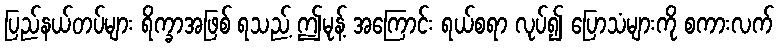
ပြည်နယ်တပ်များ ရိက္ခာအဖြစ် ရသည့် ဤမုန့် အကြောင်း ရယ်စရာ လုပ်၍ ပြောသံများကို စကားလက်